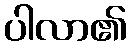
ပါလာ၏